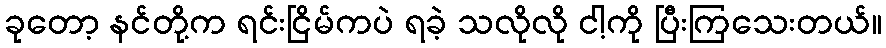
ခုတော့ နင်တို့က ရင်းငြိမ်ကပဲ ရခဲ့ သလိုလို ငါ့ကို ပြီးကြသေးတယ်။